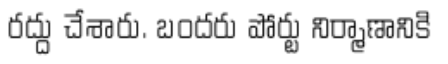
రద్దు చేశారు. బందరు పోర్టు నిర్మాణానికి